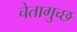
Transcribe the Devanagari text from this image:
चेतागुच्छ